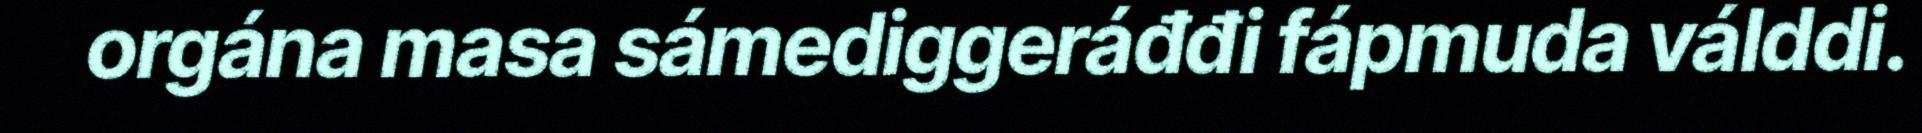
orgána masa sámediggeráđđi fápmuda válddi.